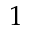
1